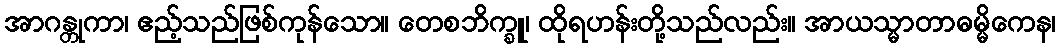
အာဂန္တုကာ၊ ဧည့်သည်ဖြစ်ကုန်သော။ တေစဘိက္ခူ၊ ထိုရဟန်းတို့သည်လည်း။ အာယသ္မာတာဓမ္မိကေန၊